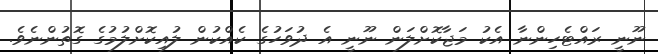
ނޫނީ ރައްޓެހިންނާ އެކު މަޖާކޮށްލަން ނޫނީ އެ ދުވަހުގެ ކެއްކުން ލުއިކޮށްލުމުގެ ގޮތުންނެވެ.